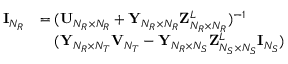
\begin{array} { r l } { { \bf { I } } _ { N _ { R } } } & { = ( { \bf { U } } _ { N _ { R } \times N _ { R } } + { \bf { Y } } _ { N _ { R } \times N _ { R } } { \bf { Z } } _ { N _ { R } \times N _ { R } } ^ { L } ) ^ { - 1 } } \\ & { \quad ( { \bf { Y } } _ { N _ { R } \times N _ { T } } { \bf { V } } _ { N _ { T } } - { \bf { Y } } _ { N _ { R } \times N _ { S } } { \bf { Z } } _ { N _ { S } \times N _ { S } } ^ { L } { \bf { I } } _ { N _ { S } } ) } \end{array}